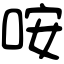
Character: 咹